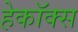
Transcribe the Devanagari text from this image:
हेकॉक्स